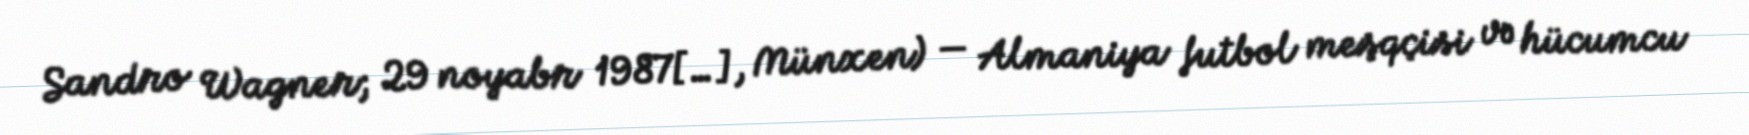
Sandro Wagner; 29 noyabr 1987[…], Münxen) — Almaniya futbol meşqçisi və hücumcu